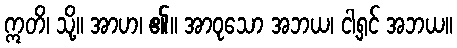
ဣတိ၊ သို့။ အာဟ၊ ၏။ အာဝုသော အဘယ၊ ငါ့ရှင် အဘယ။